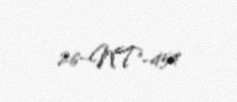
26-NT-454